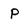
Character: P